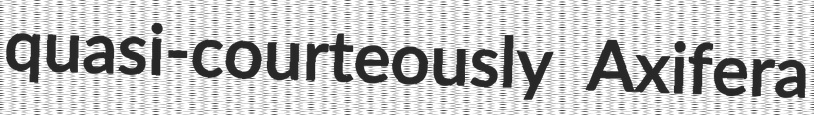
quasi-courteously Axifera